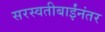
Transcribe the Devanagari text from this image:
सरस्वतीबाईंनंतर